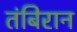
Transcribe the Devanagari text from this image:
तंबिरान